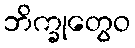
ဘိက္ခုတွေဝ